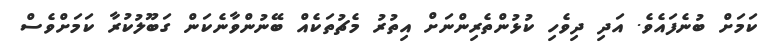
ކަމަށް ބުނެފައެވެ. އަދި ދިވެހި ކުޅުންތެރިންނަށް އިތުރު މެޗުތަކެއް ބޭނުންވާނެކަން ގަބޫލުކުރާ ކަމަށްވެސް